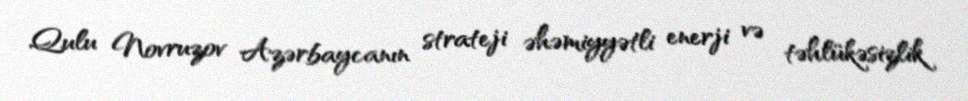
Qulu Novruzov Azərbaycanın strateji əhəmiyyətli enerji və təhlükəsizlik